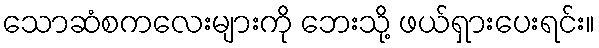
သောဆံစကလေးများကို ဘေးသို့ ဖယ်ရှားပေးရင်း။